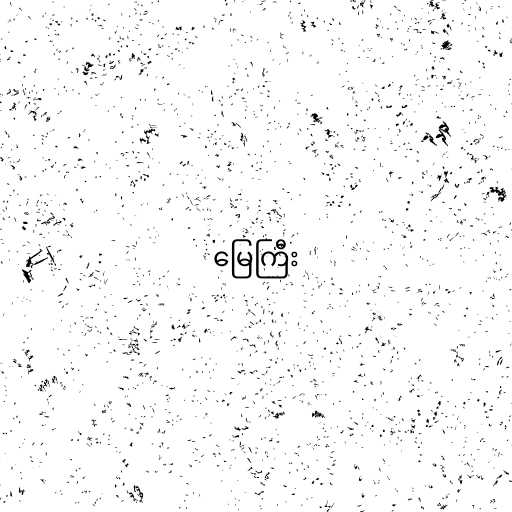
မြေကြီး